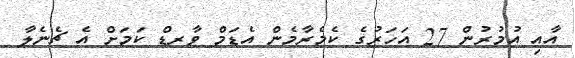
އާއި އުމުރުން 27 އަހަރުގެ ކެމެރާމެން އެޑަމް ވާރޑް ކަމަށް އެ ޗެނެލާ